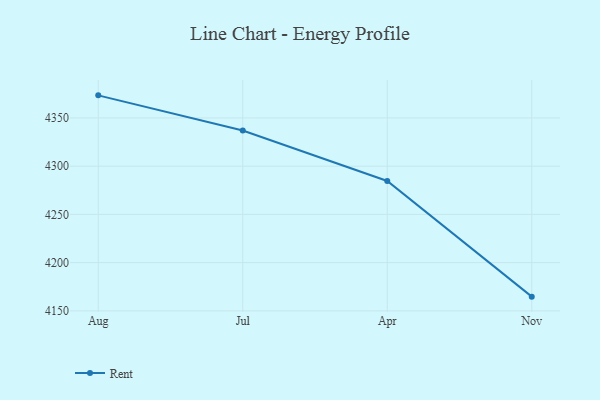
{"axis": {"x": "Month", "y": "Demand Index"}, "legend": ["Rent"], "data": [{"x": "Aug", "y": 4373.4, "type": "Rent"}, {"x": "Jul", "y": 4336.9, "type": "Rent"}, {"x": "Apr", "y": 4284.6, "type": "Rent"}, {"x": "Nov", "y": 4164.7, "type": "Rent"}]}